Document type: Sale
Year: 1499
Scribe: Joan Martínez de Sòria
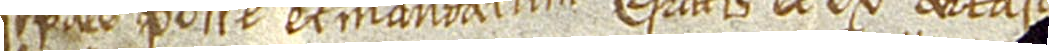
speciale posse et mandatum, gratis et ex certa scie[cia]